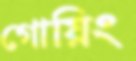
গোয়িং